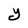
Character: Y